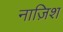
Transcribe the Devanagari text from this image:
नाज़िश